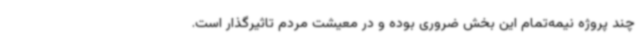
چند پروژه نیمه‌تمام این بخش ضروری بوده و در معیشت مردم تاثیرگذار است.